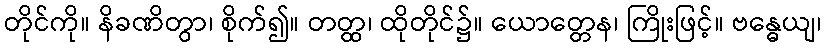
တိုင်ကို။ နိခဏိတွာ၊ စိုက်၍။ တတ္ထ၊ ထိုတိုင်၌။ ယောတ္တေန၊ ကြိုးဖြင့်။ ဗန္ဓေယျ၊